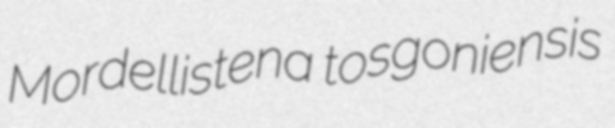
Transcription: Mordellistena tosgoniensis